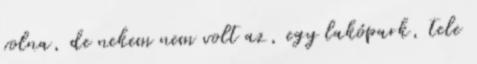
volna, de nekem nem volt az, egy lakópark, tele